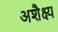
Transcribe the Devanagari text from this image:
अशैक्ष्य